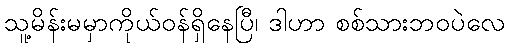
သူ့မိန်းမမှာကိုယ်ဝန်ရှိနေပြီ၊ ဒါဟာ စစ်သားဘဝပဲလေ